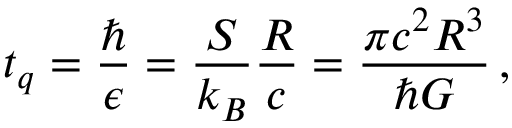
t _ { q } = \frac { \hbar } { \epsilon } = \frac { S } { k _ { B } } \frac { R } { c } = \frac { \pi c ^ { 2 } R ^ { 3 } } { \hbar G } \, ,